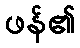
ဖန်၏